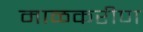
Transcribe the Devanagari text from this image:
माळकरीण